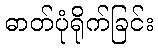
ဓာတ်ပုံရိုက်ခြင်း